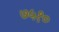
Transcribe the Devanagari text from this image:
७५१०